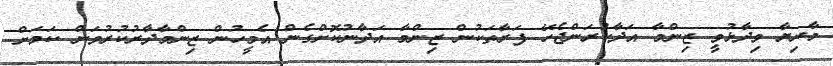
މާރިޔާ ވިދާޅުވީ ޒިންމާ އަދާކުރަންޖެހޭ ފަރާތަކުން ޒިންމާ އަދާނުކޮށްގެން އެމީހުން ޒިންމާދާރުކުރުވަން ކަމަށް